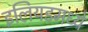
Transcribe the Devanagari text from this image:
इलियडमध्ये